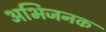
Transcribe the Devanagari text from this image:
अभिजनक